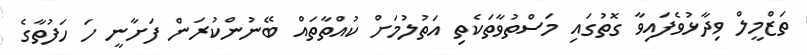
ތަޒްމީލް ވިދާޅުވެފައިވާ ގޮތުގައި މަސްތުވާތަކެތި އަތުލުމަށް ކުއްތާތައް ބޭނުންކުރަން ފަށާނީ ހަ ހަފުތާގެ